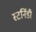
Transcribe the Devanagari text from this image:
स्टर्निडी